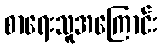
စာရေးသူအကြောင်း